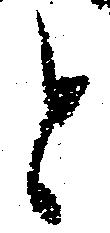
と